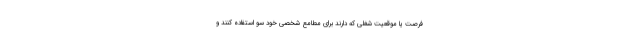
فرصت یا موقعیت شغلی که دارند برای مطامع شخصی خود سو استفاده کنند و